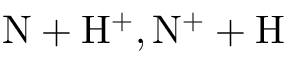
\mathrm { N + H ^ { + } , N ^ { + } + H }